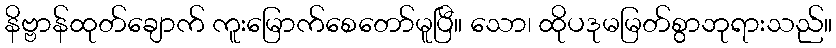
နိဗ္ဗာန်ထုတ်ချောက် ကူးမြောက်စေတော်မူပြီ။ သော၊ ထိုပဒုမမြတ်စွာဘုရားသည်။